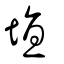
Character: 埴